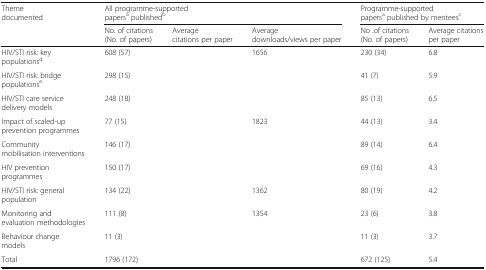
<table><thead><tr><td rowspan="2"><b>Theme documented</b></td><td colspan="3"><b>All programme-supported papers<sup>a</sup> published<sup>b</sup></b></td><td colspan="2"><b>Programme-supported papers<sup>a</sup> published by mentees<sup>c</sup></b></td></tr><tr><td><b>No. of citations (No. of papers)</b></td><td><b>Average citations per paper</b></td><td><b>Average downloads/views per paper</b></td><td><b>No .of citations (No. of papers)</b></td><td><b>Average citations per paper</b></td></tr></thead><tbody><tr><td>HIV/STI risk: key populations<sup>d</sup></td><td>608 (57)</td><td>[EMPTY_CELL]</td><td>1656</td><td>230 (34)</td><td>6.8</td></tr><tr><td>HIV/STI risk: bridge populations<sup>e</sup></td><td>298 (15)</td><td>[EMPTY_CELL]</td><td>[EMPTY_CELL]</td><td>41 (7)</td><td>5.9</td></tr><tr><td>HIV/STI care service delivery models</td><td>248 (18)</td><td>[EMPTY_CELL]</td><td>[EMPTY_CELL]</td><td>85 (13)</td><td>6.5</td></tr><tr><td>Impact of scaled-up prevention programmes</td><td>77 (15)</td><td>[EMPTY_CELL]</td><td>1823</td><td>44 (13)</td><td>3.4</td></tr><tr><td>Community mobilisation interventions</td><td>146 (17)</td><td>[EMPTY_CELL]</td><td>[EMPTY_CELL]</td><td>89 (14)</td><td>6.4</td></tr><tr><td>HIV prevention programmes</td><td>150 (17)</td><td>[EMPTY_CELL]</td><td>[EMPTY_CELL]</td><td>69 (16)</td><td>4.3</td></tr><tr><td>HIV/STI risk: general population</td><td>134 (22)</td><td>[EMPTY_CELL]</td><td>1362</td><td>80 (19)</td><td>4.2</td></tr><tr><td>Monitoring and evaluation methodologies</td><td>111 (8)</td><td>[EMPTY_CELL]</td><td>1354</td><td>23 (6)</td><td>3.8</td></tr><tr><td>Behaviour change models</td><td>11 (3)</td><td>[EMPTY_CELL]</td><td>[EMPTY_CELL]</td><td>11 (3)</td><td>3.7</td></tr><tr><td>Total</td><td>1796 (172)</td><td>[EMPTY_CELL]</td><td>[EMPTY_CELL]</td><td>672 (125)</td><td>5.4</td></tr></tbody></table>